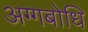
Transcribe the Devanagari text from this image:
अग्गबोधि